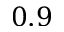
0 . 9